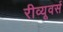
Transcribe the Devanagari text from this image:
रीव्यूवर्स